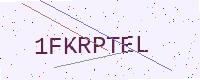
Text: 1FKRPTEL